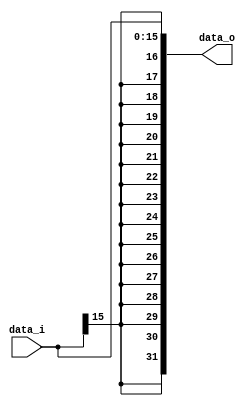
//Subject:     CO project 2 - Sign extend
//--------------------------------------------------------------------------------
//Version:     1
//--------------------------------------------------------------------------------
//Writer:      
//----------------------------------------------
//Date:        
//----------------------------------------------
//Description: 
//--------------------------------------------------------------------------------
`timescale 1ns/1ps
module Sign_Extend(
    data_i,
    data_o
    );
               
//I/O ports
input   [16-1:0] data_i;
output  [32-1:0] data_o;

//Internal Signals

//Sign extended
assign data_o = {{16{data_i[15]}},data_i};	// signed module
endmodule